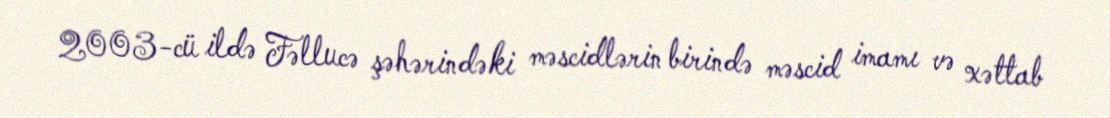
2003-cü ildə Fəllucə şəhərindəki məscidlərin birində məscid imamı və xəttab